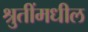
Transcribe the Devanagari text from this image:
श्रुतींमधील